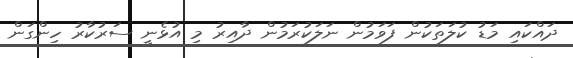
ދައްކައި މަޑު ކުލަތަކުން ފަވަމުން ނަލަކުރަމުން ދާއިރު މި އުޅެނީ ސަރުކާރު ހިންގަން